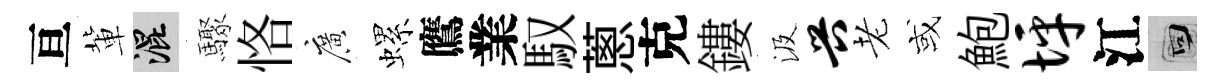
亘軰混驟恪廣螺鷹業馭蔥克鏤汲兴老或鮑坪江回